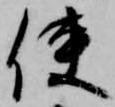
使